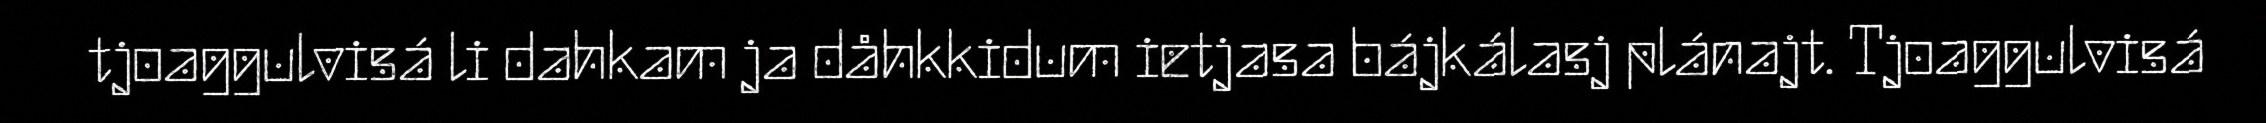
tjoaggulvisá li dahkam ja dåhkkidum ietjasa bájkálasj plánajt. Tjoaggulvisá